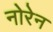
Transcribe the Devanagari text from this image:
नोरेन